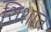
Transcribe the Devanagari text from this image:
शिशात